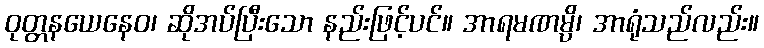
ဝုတ္တနယေနေဝ၊ ဆိုအပ်ပြီးသော နည်းဖြင့်ပင်။ အာရမဏမ္ပိ၊ အာရုံသည်လည်း။